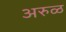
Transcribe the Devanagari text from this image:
अरुळ